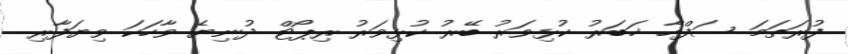
ފުރަތަމަ ސަފްހާ ޚަބަރު ކުޅިވަރު ބޭރު ކުޅިވަރު ރިޕޯޓް ދުނިޔެ ވާހަކަ ވިޔަފާރި